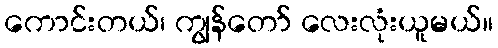
ကောင်းတယ်၊ ကျွန်တော် လေးလုံးယူမယ်။